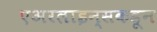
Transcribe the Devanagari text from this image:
एअरलाइन्सकडून